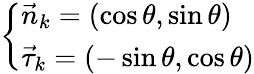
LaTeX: \left\{ \begin{array}{l}{{\vec{n}_{k}=\left(\cos\theta,\sin\theta\right)}}\\ {{\vec{\tau}_{k}=\left(-\sin\theta,\cos\theta\right)}}\end{array}\right.